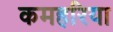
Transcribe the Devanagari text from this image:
कमहरिया